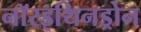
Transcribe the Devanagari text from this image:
नॉरइथिनड्रोन